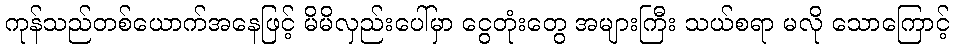
ကုန်သည်တစ်ယောက်အနေဖြင့် မိမိလှည်းပေါ်မှာ ငွေတုံးတွေ အများကြီး သယ်စရာ မလို သောကြောင့်